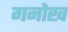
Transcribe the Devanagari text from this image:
गनोख